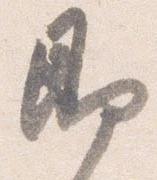
即